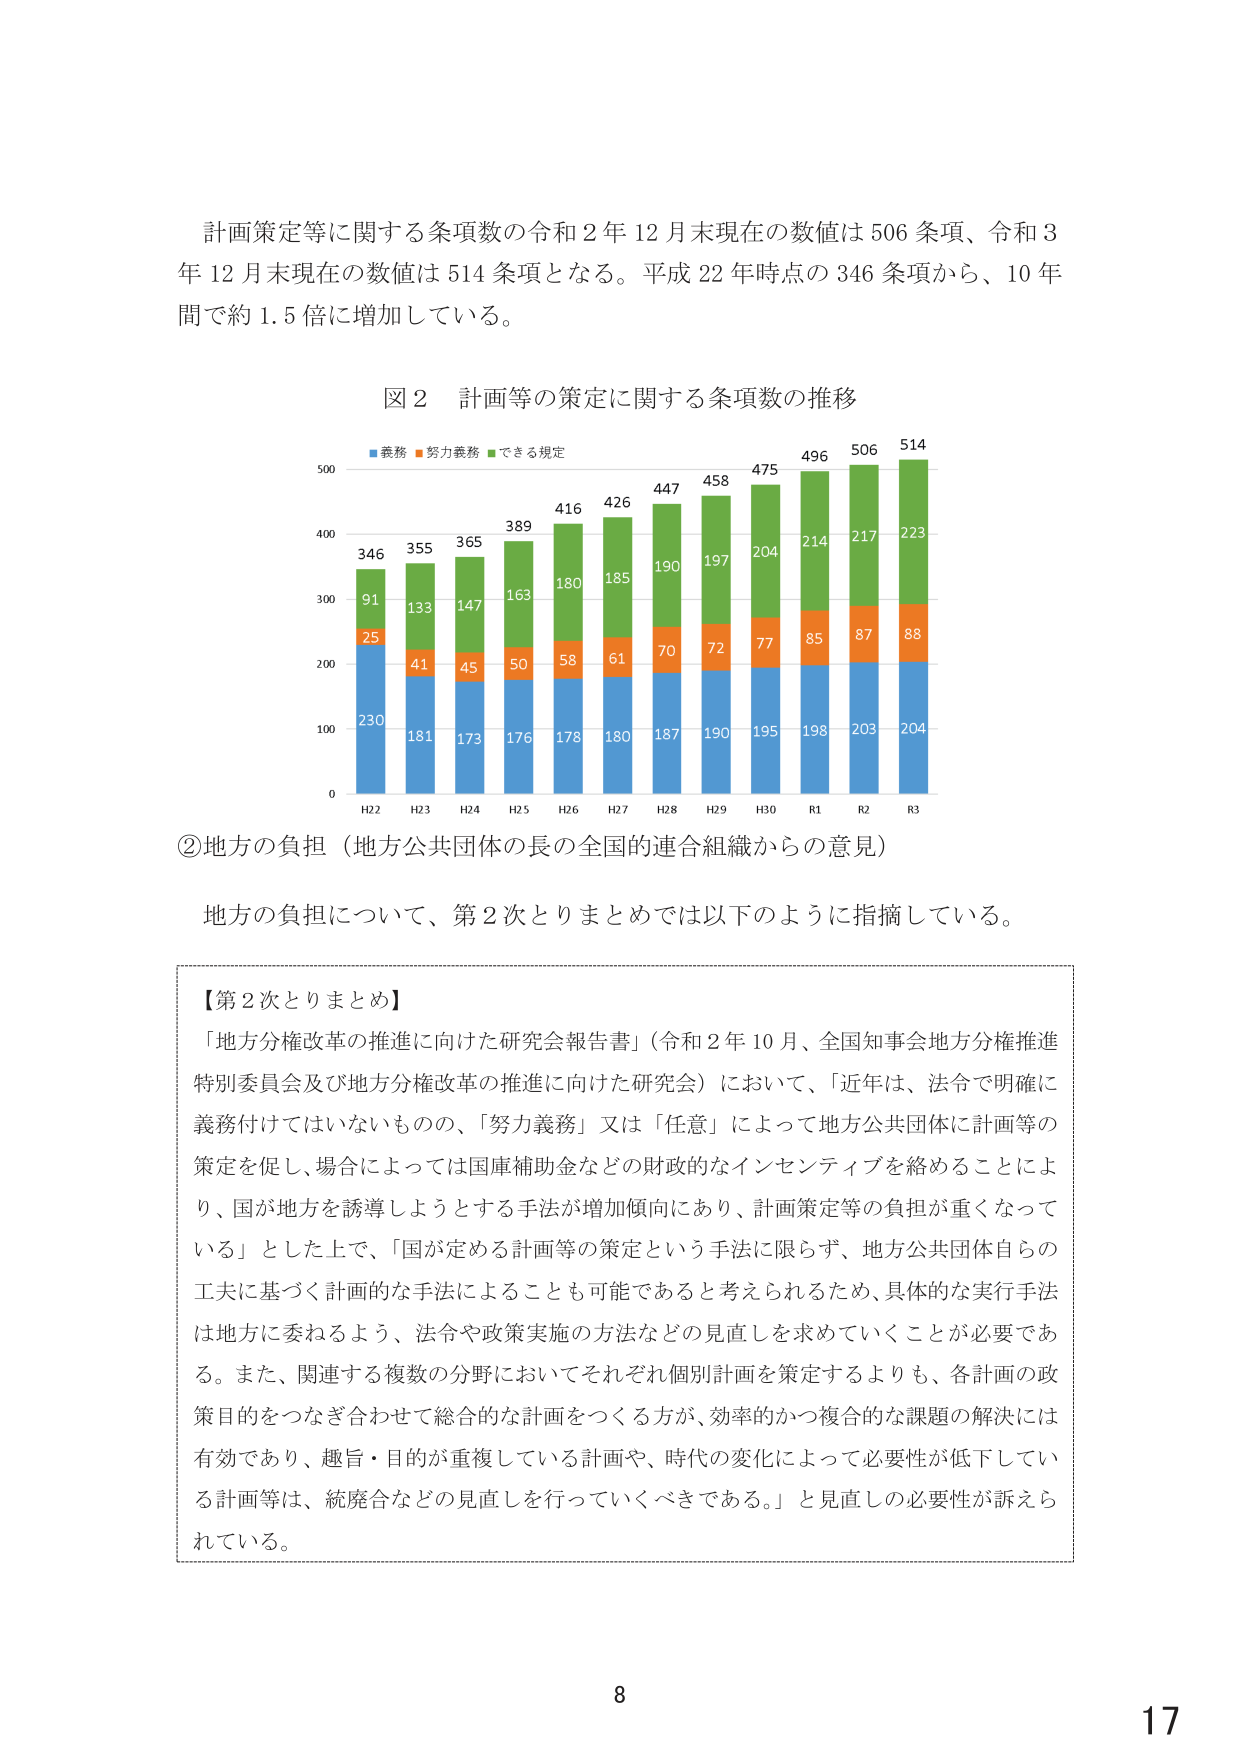
計画策定等に関する条項数の令和２年１２月末現在の数値は５０６条項、令和３年１２月末現在の数値は５１４条項となる。平成２２年時点の３４６条項から、１０年間で約１．５倍に増加している。

図２ 計画等の策定に関する条項数の推移
■義務 ■努力義務 ■できる規定
500
400
300
200
100
0
346
91
25
230
355
133
41
181
365
147
45
173
389
163
50
176
416
180
58
178
426
185
61
180
447
190
70
187
458
197
72
190
475
204
77
195
496
214
85
198
506
217
87
203
514
223
88
204
H22 H23 H24 H25 H26 H27 H28 H29 H30 R1 R2 R3

②地方の負担（地方公共団体の長の全国的連合組織からの意見）

地方の負担について、第２次とりまとめでは以下のように指摘している。

【第２次とりまとめ】
「地方分権改革の推進に向けた研究会報告書」（令和２年１０月、全国知事会地方分権推進特別委員会及び地方分権改革の推進に向けた研究会）において、「近年は、法令で明確に義務付けてはいないものの、「努力義務」又は「任意」によって地方公共団体に計画等の策定を促し、場合によっては国庫補助金などの財政的なインセンティブを絡めることにより、国が地方を誘導しようとする手法が増加傾向にあり、計画策定等の負担が重くなっている」とした上で、「国が定める計画等の策定という手法に限らず、地方公共団体自らの工夫に基づく計画的な手法によることも可能であると考えられるため、具体的な実行手法は地方に委ねるよう、法令や政策実施の方法などの見直しを求めていくことが必要である。また、関連する複数の分野においてそれぞれ個別計画を策定するよりも、各計画の政策目的をつなぎ合わせて総合的な計画をつくる方が、効率的かつ複合的な課題の解決には有効であり、趣旨・目的が重複している計画や、時代の変化によって必要性が低下している計画等は、統廃合などの見直しを行っていくべきである。」と見直しの必要性が訴えられている。

8
17